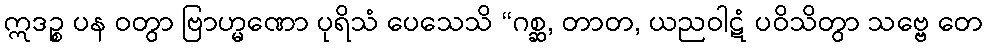
ဣဒဉ္စ ပန ဝတွာ ဗြာဟ္မဏော ပုရိသံ ပေသေသိ “ဂစ္ဆ, တာတ, ယညဝါဋံ ပဝိသိတွာ သဗ္ဗေ တေ